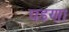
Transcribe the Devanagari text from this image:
घडणा